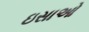
ઇસાઓ